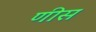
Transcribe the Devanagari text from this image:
णीस